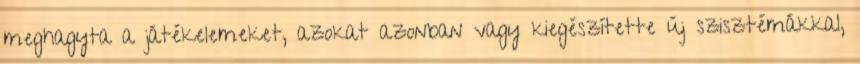
meghagyta a játékelemeket, azokat azonban vagy kiegészítette új szisztémákkal,